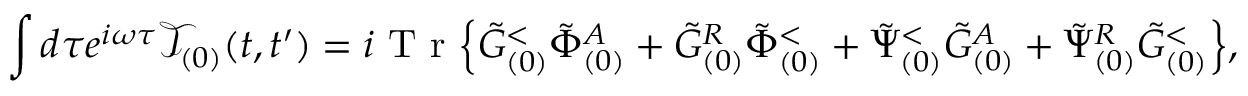
\int d \tau e ^ { i \omega \tau } \mathcal { T } _ { ( 0 ) } ( t , t ^ { \prime } ) = i \mathrm { ~ T ~ r ~ } \Big \{ \tilde { G } _ { ( 0 ) } ^ { < } \tilde { \Phi } _ { ( 0 ) } ^ { A } + \tilde { G } _ { ( 0 ) } ^ { R } \tilde { \Phi } _ { ( 0 ) } ^ { < } + \tilde { \Psi } _ { ( 0 ) } ^ { < } \tilde { G } _ { ( 0 ) } ^ { A } + \tilde { \Psi } _ { ( 0 ) } ^ { R } \tilde { G } _ { ( 0 ) } ^ { < } \Big \} ,